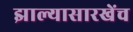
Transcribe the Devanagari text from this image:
झाल्यासारखेंच